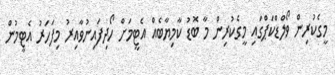
މީގެކުރިން ވޯލްޑްކަޕްގައި މީގެކުރިން މާ ބޮޑު ކާމިޔާބެއް އެޓީމަށް ހޯދިފައިނުވާއިރު މިފަހަރު އެޓީމުން